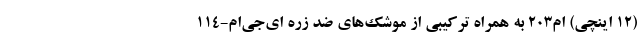
(۱۲ اینچی) ام۲۰۳ ‌به همراه ترکیبی از موشک‌های ضد زره ای‌جی‌ام-۱۱۴